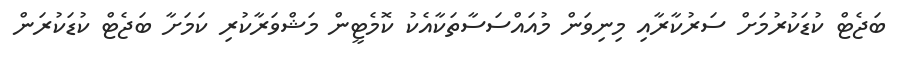
ބަޖެޓް ކުޑަކުރުމަށް ސަރުކާރާއި މިނިވަން މުއައްސަސާތަކާއެކު ކޮމެޓީން މަޝްވަރާކުރި ކަމަށާ ބަޖެޓް ކުޑަކުރަން